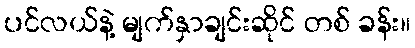
ပင်လယ်နဲ့ မျက်နှာချင်းဆိုင် တစ် ခန်း။